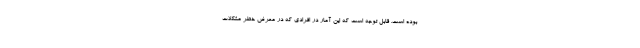
بوده است. قابل توجه است که این آمار در افرادی که در معرض خطر مشکلات